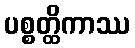
ပစ္စတ္ထိကာဿ